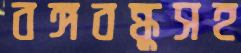
বঙ্গবন্ধুসহ